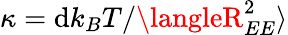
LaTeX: \kappa=\mathrm{d}k_{B}T/\langleR_{EE}^{2}\rangle